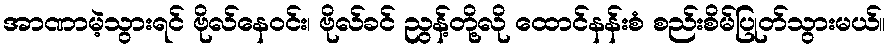
အာဏာမဲ့သွားရင် ဗိုလ်နေဝင်း၊ ဗိုလ်ခင် ညွန့်တို့လို ထောင်နန်းစံ စည်းစိမ်ပြုတ်သွားမယ်။